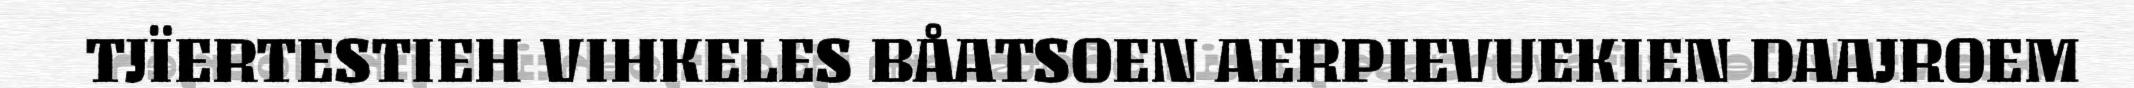
TJÏERTESTIEH VIHKELES BÅATSOEN AERPIEVUEKIEN DAAJROEM